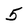
Character: 5